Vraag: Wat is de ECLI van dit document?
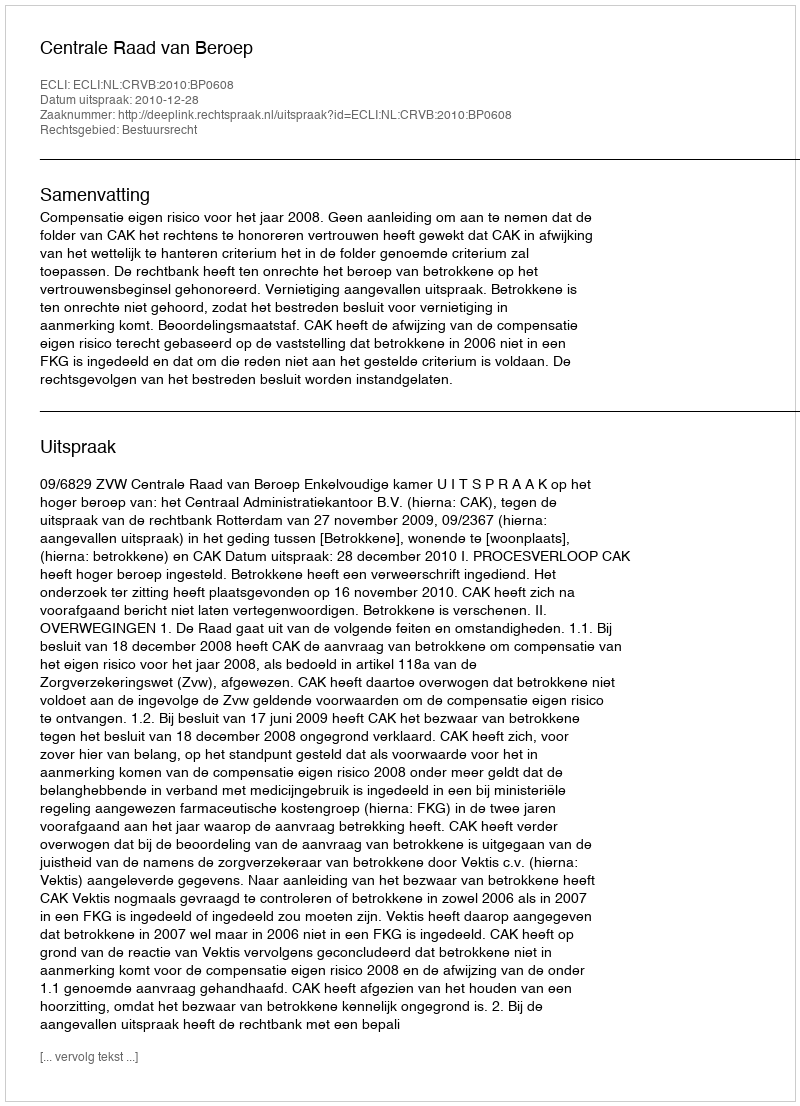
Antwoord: ECLI:NL:CRVB:2010:BP0608